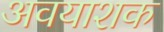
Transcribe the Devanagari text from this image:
अवयाशक